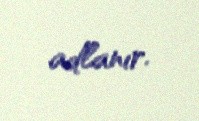
adlanır.